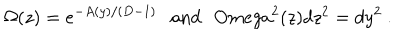
LaTeX: \Omega ( z ) = e ^ { - A ( y ) / ( D - 1 ) } \ \ \ \mathrm { a n d ~ } \ \, O m e g a ^ { 2 } ( z ) d z ^ { 2 } = d y ^ { 2 } \ .